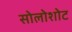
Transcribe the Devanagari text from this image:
सोलोशोट